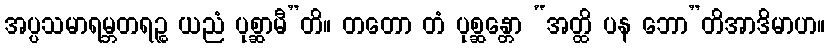
အပ္ပသမာရမ္ဘတရဉ္စ ယညံ ပုစ္ဆာမီ”တိ။ တတော တံ ပုစ္ဆန္တော “အတ္ထိ ပန ဘော”တိအာဒိမာဟ။